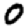
Digit: 0